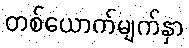
တစ်ယောက်မျက်နှာ